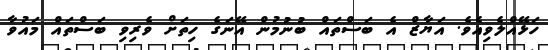
ހަޅޭއްލެވިއެވެ. އަޔާޒް އެ ބަސްތައް ބުނުމުން އޭނަގެ ހިތަށް ވެރިވި ބަސްތައް މައުވާ